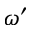
\omega ^ { \prime }